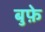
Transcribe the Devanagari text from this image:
बुफ़े